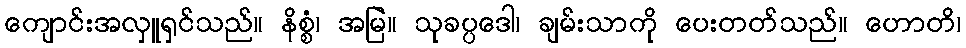
ကျောင်းအလှူရှင်သည်။ နိစ္စံ၊ အမြဲ။ သုခပ္ပဒေါ၊ ချမ်းသာကို ပေးတတ်သည်။ ဟောတိ၊